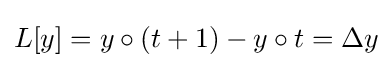
L[y]=y\circ (t+1)-y\circ t=\Delta y